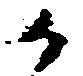
か